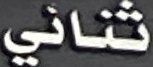
ثنائي